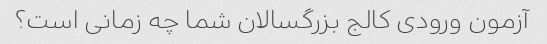
آزمون ورودی کالج بزرگسالان شما چه زمانی است؟